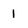
Character: 1